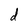
Character: d